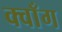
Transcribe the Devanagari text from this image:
क्वाँग